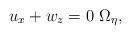
LaTeX: \begin{align*} u_{x}+w_z=0 \ \Omega_{\eta},\end{align*}